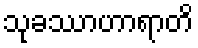
သုခဿာဟာရာတိ